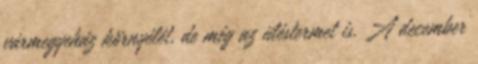
vármegyeház környélét, de még az üléstermet is. A december